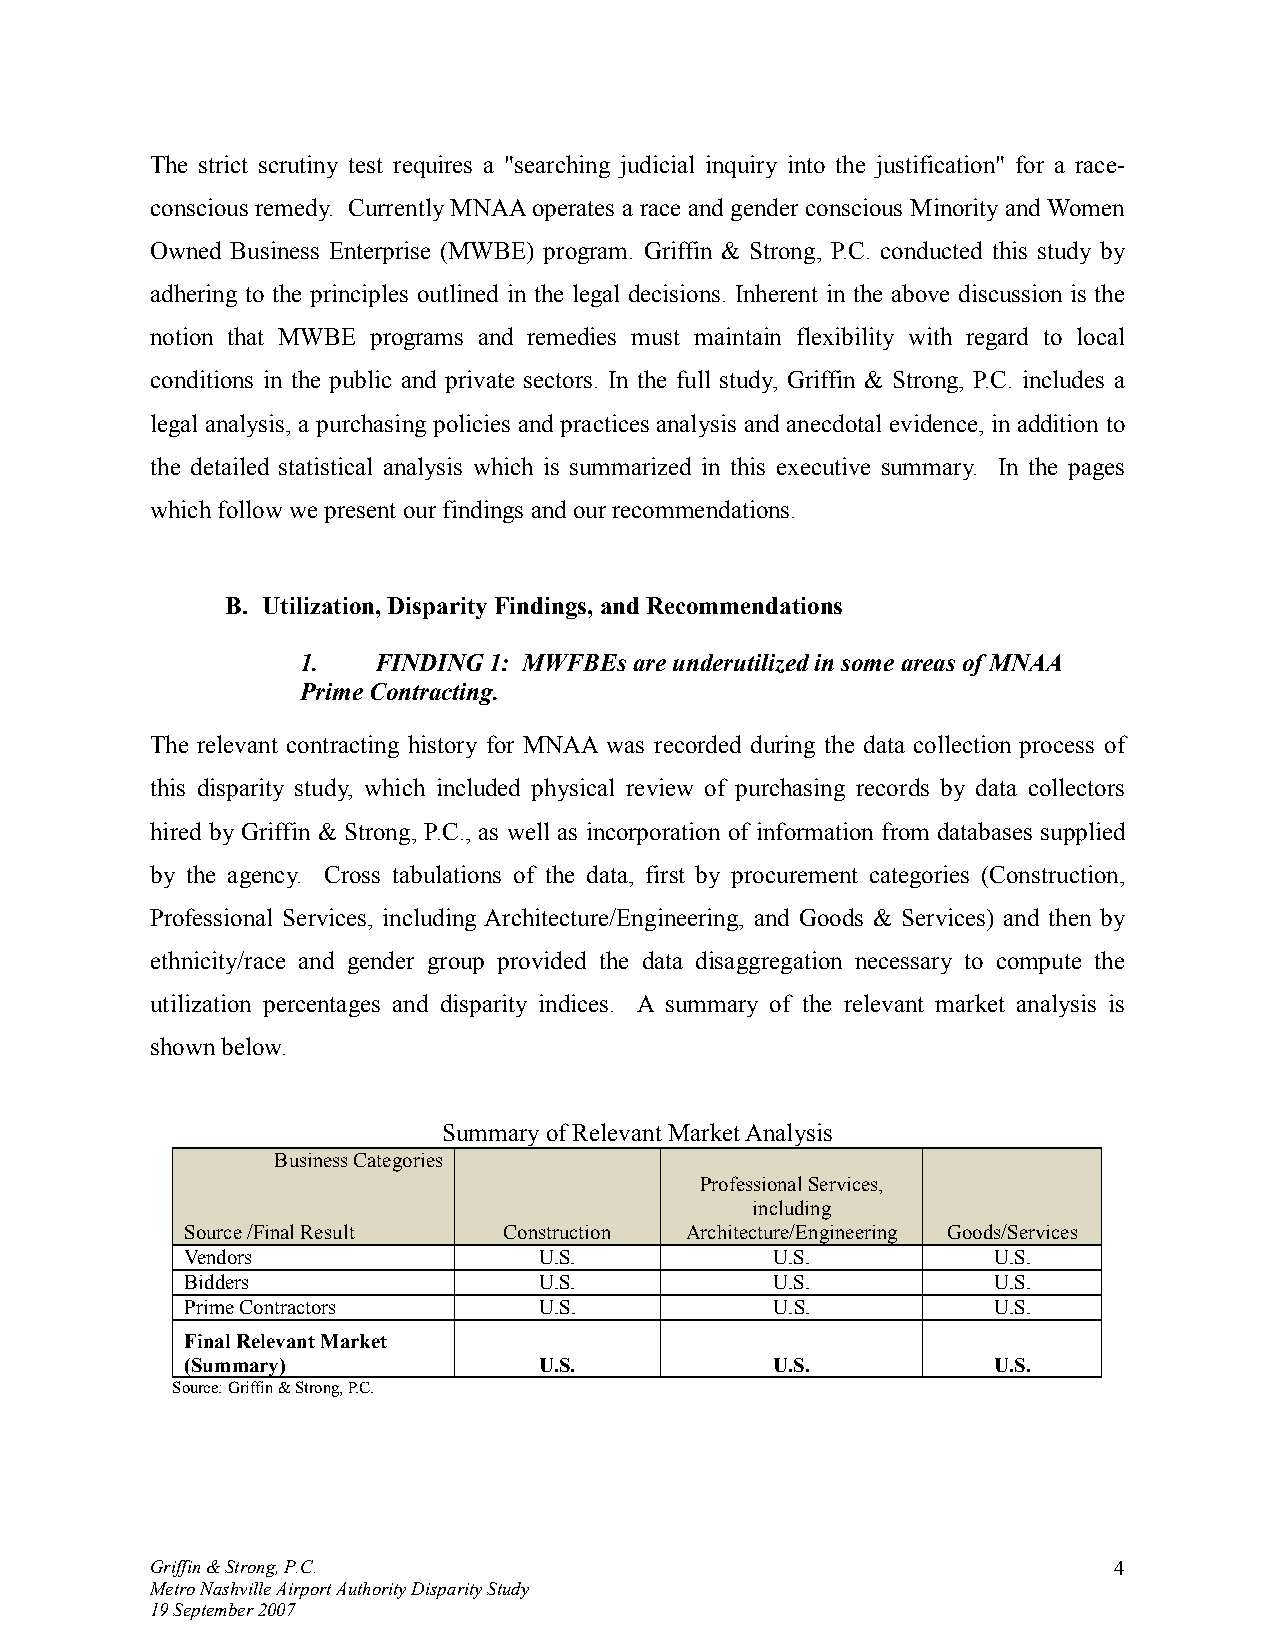
The strict scrutiny test requires a "searching judicial inquiry into the justification" for a race-
 conscious remedy. Currently MNAA operates a race and gender conscious Minority and Women
 Owned Business Enterprise (MWBE) program. Griffin & Strong, P.C. conducted this study by
 adhering to the principles outlined in the legal decisions. Inherent in the above discussion is the
 notion that MWBE programs and remedies must maintain flexibility with regard to local
 conditions in the public and private sectors. In the full study, Griffin & Strong, P.C. includes a
 legal analysis, a purchasing policies and practices analysis and anecdotal evidence, in addition to
 the detailed statistical analysis which is summarized in this executive summary. In the pages
 which follow we present our findings and our recommendations.
 B. Utilization, Disparity Findings, and Recommendations
 1.   FINDING 1: MWFBEs are underutilized in some areas of MNAA
 Prime Contracting.
 The relevant contracting history for MNAA was recorded during the data collection process of
 this disparity study, which included physical review of purchasing records by data collectors
 hired by Griffin & Strong, P.C., as well as incorporation of information from databases supplied
 by the agency. Cross tabulations of the data, first by procurement categories (Construction,
 Professional Services, including Architecture/Engineering, and Goods & Services) and then by
 ethnicity/race and gender group provided the data disaggregation necessary to compute the
 utilization percentages and disparity indices. A summary of the relevant market analysis is
 shown below.
 Summary of Relevant Market Analysis
 Business Categories
 Professional Services,
 including
 Source /Final Result Construction Architecture/Engineering Goods/Services
 Vendors                 U.S.           U.S.           U.S.
 Bidders                 U.S.           U.S.           U.S.
 Prime Contractors       U.S.           U.S.           U.S.
 Final Relevant Market
 (Summary)               U.S.           U.S.           U.S.
 Source: Griffin & Strong, P.C.
 Griffin & Strong, P.C.                                          4
 Metro Nashville Airport Authority Disparity Study
 19 September 2007